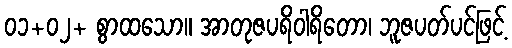
၀၁+၀၂+ စွာထသော။ အာတုဇပရိဝါရိတော၊ ဘူဇပတ်ပင်ဖြင့်